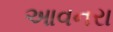
આવનરા